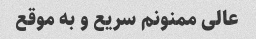
عالی ممنونم سریع و به موقع